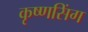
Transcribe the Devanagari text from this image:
कृष्णसिंग